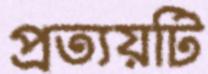
প্রত্যয়টি